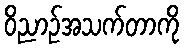
ဝိညာဉ်အသက်တာကို